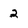
Character: 2